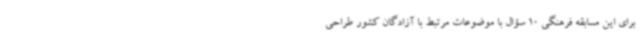
برای این مسابقه فرهنگی 10 سؤال با موضوعات مرتبط با آزادگان کشور طراحی